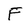
Character: F